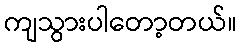
ကျသွားပါတော့တယ်။